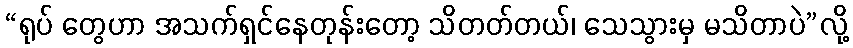
“ရုပ် တွေဟာ အသက်ရှင်နေတုန်းတော့ သိတတ်တယ်၊ သေသွားမှ မသိတာပဲ”လို့